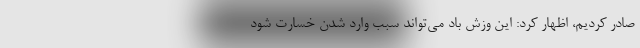
صادر کردیم، اظهار کرد: این وزش باد می‌تواند سبب وارد شدن خسارت شود